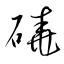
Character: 磽